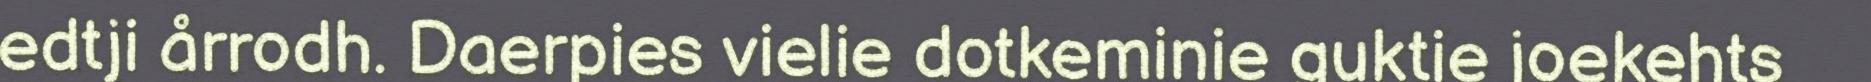
edtji årrodh. Daerpies vielie dotkeminie guktie joekehts